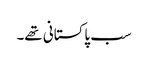
سب پاکستانی تھے۔